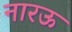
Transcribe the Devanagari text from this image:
नारऊ